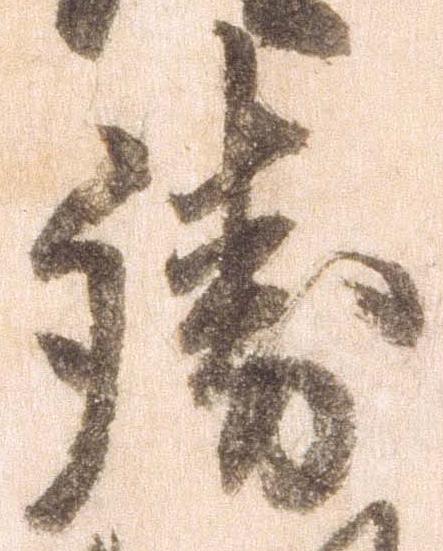
勝